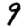
Digit: 9